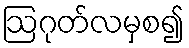
ဩဂုတ်လမှစ၍